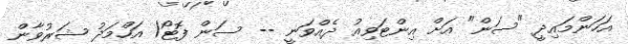
އަހަންމައިދީ "ސަން" އަށް އިންޓަވިއު ދެއްވަނީ -- ސަން ފޮޓޯ/ އަހްމަދު ޝަރުވާން